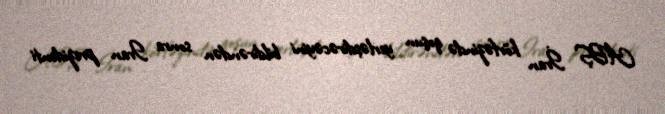
ABŞ İran körfəzində qoşun yerləşdirəcəyini bildirəndən sonra Iran prezidenti